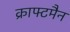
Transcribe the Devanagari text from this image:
क्राफ्टमैन